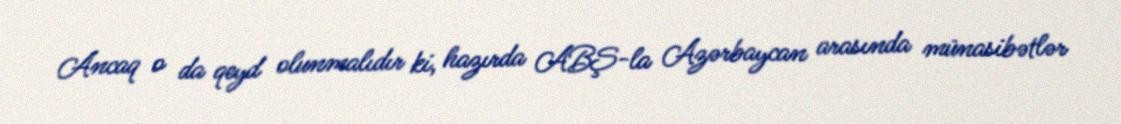
Ancaq o da qeyd olunmalıdır ki, hazırda ABŞ-la Azərbaycan arasında münasibətlər